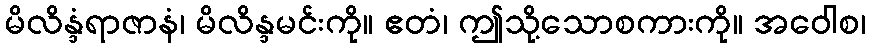
မိလိန္ဒံရာဇာနံ၊ မိလိန္ဒမင်းကို။ ဧတံ၊ ဤသို့သောစကားကို။ အဝေါစ၊